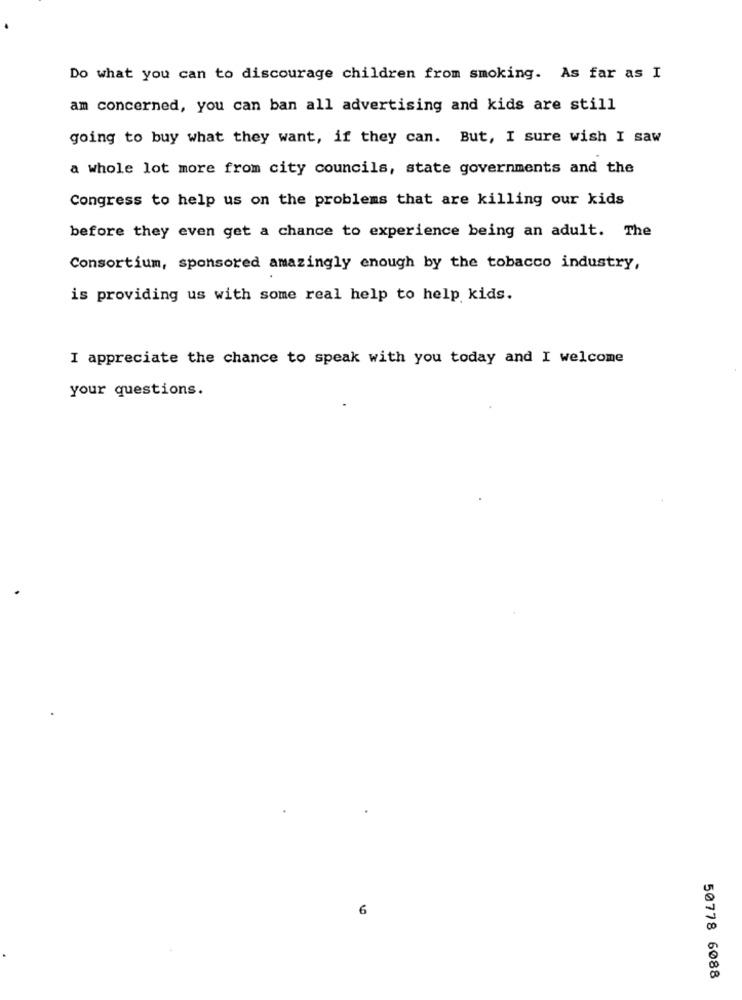
Do what you can to discourage children from smoking. As far as I
am concerned, you can ban all advertising and kids are still
going to buy what they want, if they can. But, I sure wish I saw
a whole lot more from city councils, state governments and the
Congress to help us on the problems that are killing our kids
before they even get a chance to experience being an adult. The
Consortium, sponsored amazingly enough by the tobacco industry,
is providing us with some real help to help kids.
I appreciate the chance to speak with you today and I welcome
your questions.
6
50778 6088